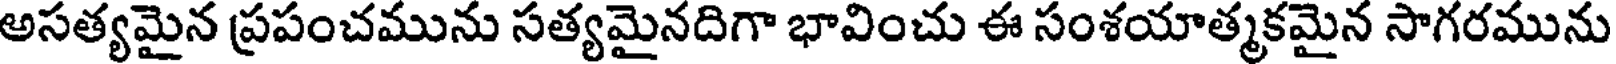
అసత్యమైన ప్రపంచమును సత్యమైనదిగా భావించు ఈ సంశయాత్మకమైన సాగరమును